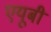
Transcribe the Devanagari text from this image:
एयूबी